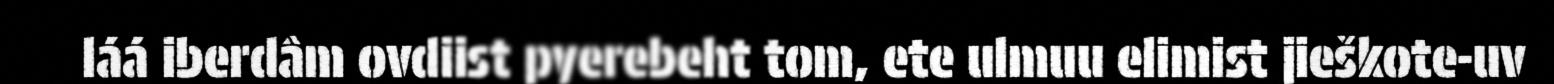
láá iberdâm ovdiist pyerebeht tom, ete ulmuu elimist jieškote-uv